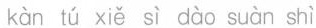
kàn tú xiě sì dào suàn shì